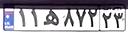
۱۱ه۸۷۲۲۳